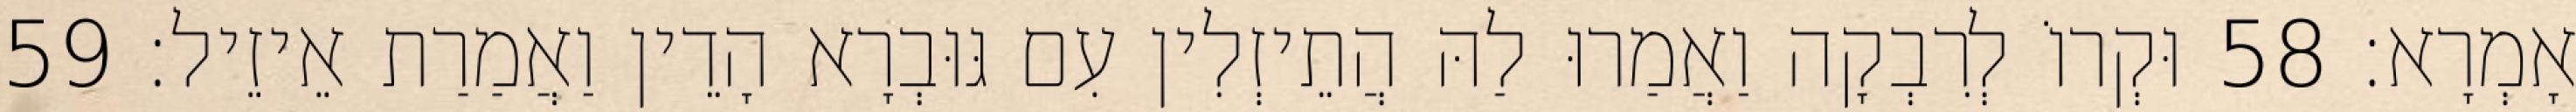
אָמְרָא׃ 58 וּקְרוֹ לְרִבְקָה וַאֲמַרוּ לַהּ הֲתֵיזְלִין עִם גּוּבְרָא הָדֵין וַאֲמַרַת אֵיזֵיל׃ 59